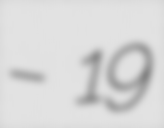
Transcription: – 19